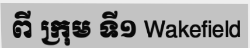
ពី ក្រុម ទី១ Wakefield